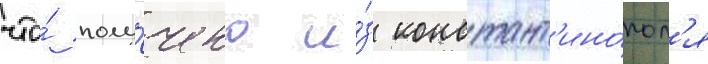
что́ полу́чено и́з констант'ино́пол'я